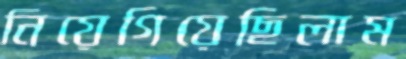
নিয়েগিয়েছিলাম